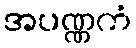
အပဏ္ဏကံ